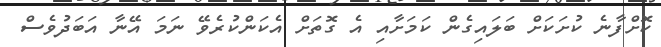
ކޮށްފާނެ ކުށަކަށް ބަލައިގެން ކަމަށާއި އެ ގޮތަށް އެކަންކުރެވޭ ނަމަ އޭނާ އަބަދުވެސް